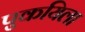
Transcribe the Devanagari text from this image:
पुकयिला